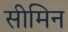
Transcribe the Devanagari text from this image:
सीमिन